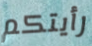
رأيتكم